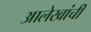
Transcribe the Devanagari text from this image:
आलेखांची